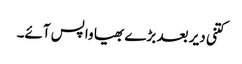
کتنی دیر بعد بڑے بھیا واپس آئے۔